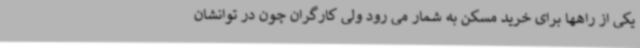
یکی از راهها برای خرید مسکن به شمار می رود ولی کارگران چون در توانشان